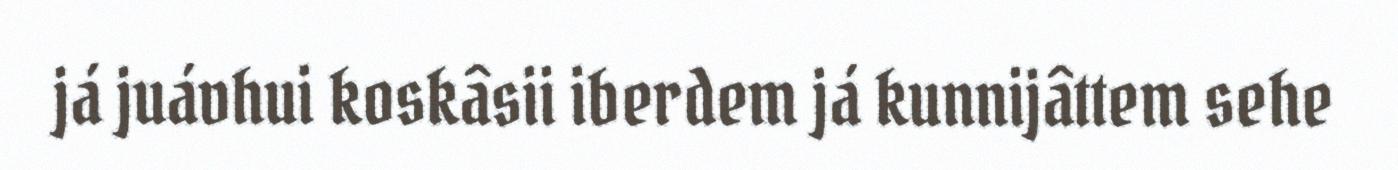
já juávhui koskâsii iberdem já kunnijâttem sehe